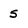
Character: 5